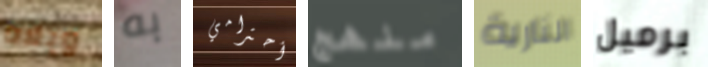
ويلاه به أحترامي منهج النارية برميل